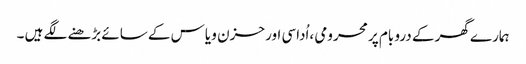
ہمارے گھر کے درو بام پر محرومی ،اُداسی اور حزن و یاس کے سائے بڑھنے لگے ہیں ۔